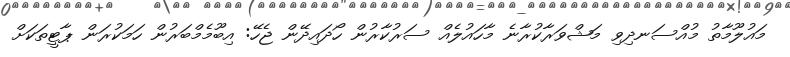
މައުލޫމާތު މުއްސަނދިވި މަޝްވަރާކުރާނެ މާހައުލެއް ސަރުކާރުން ހޯދައިދޭން ޖެހޭ: އިބޫމެމްބަރުން ހަމަކުރަން ޕާޓީތަކަށް